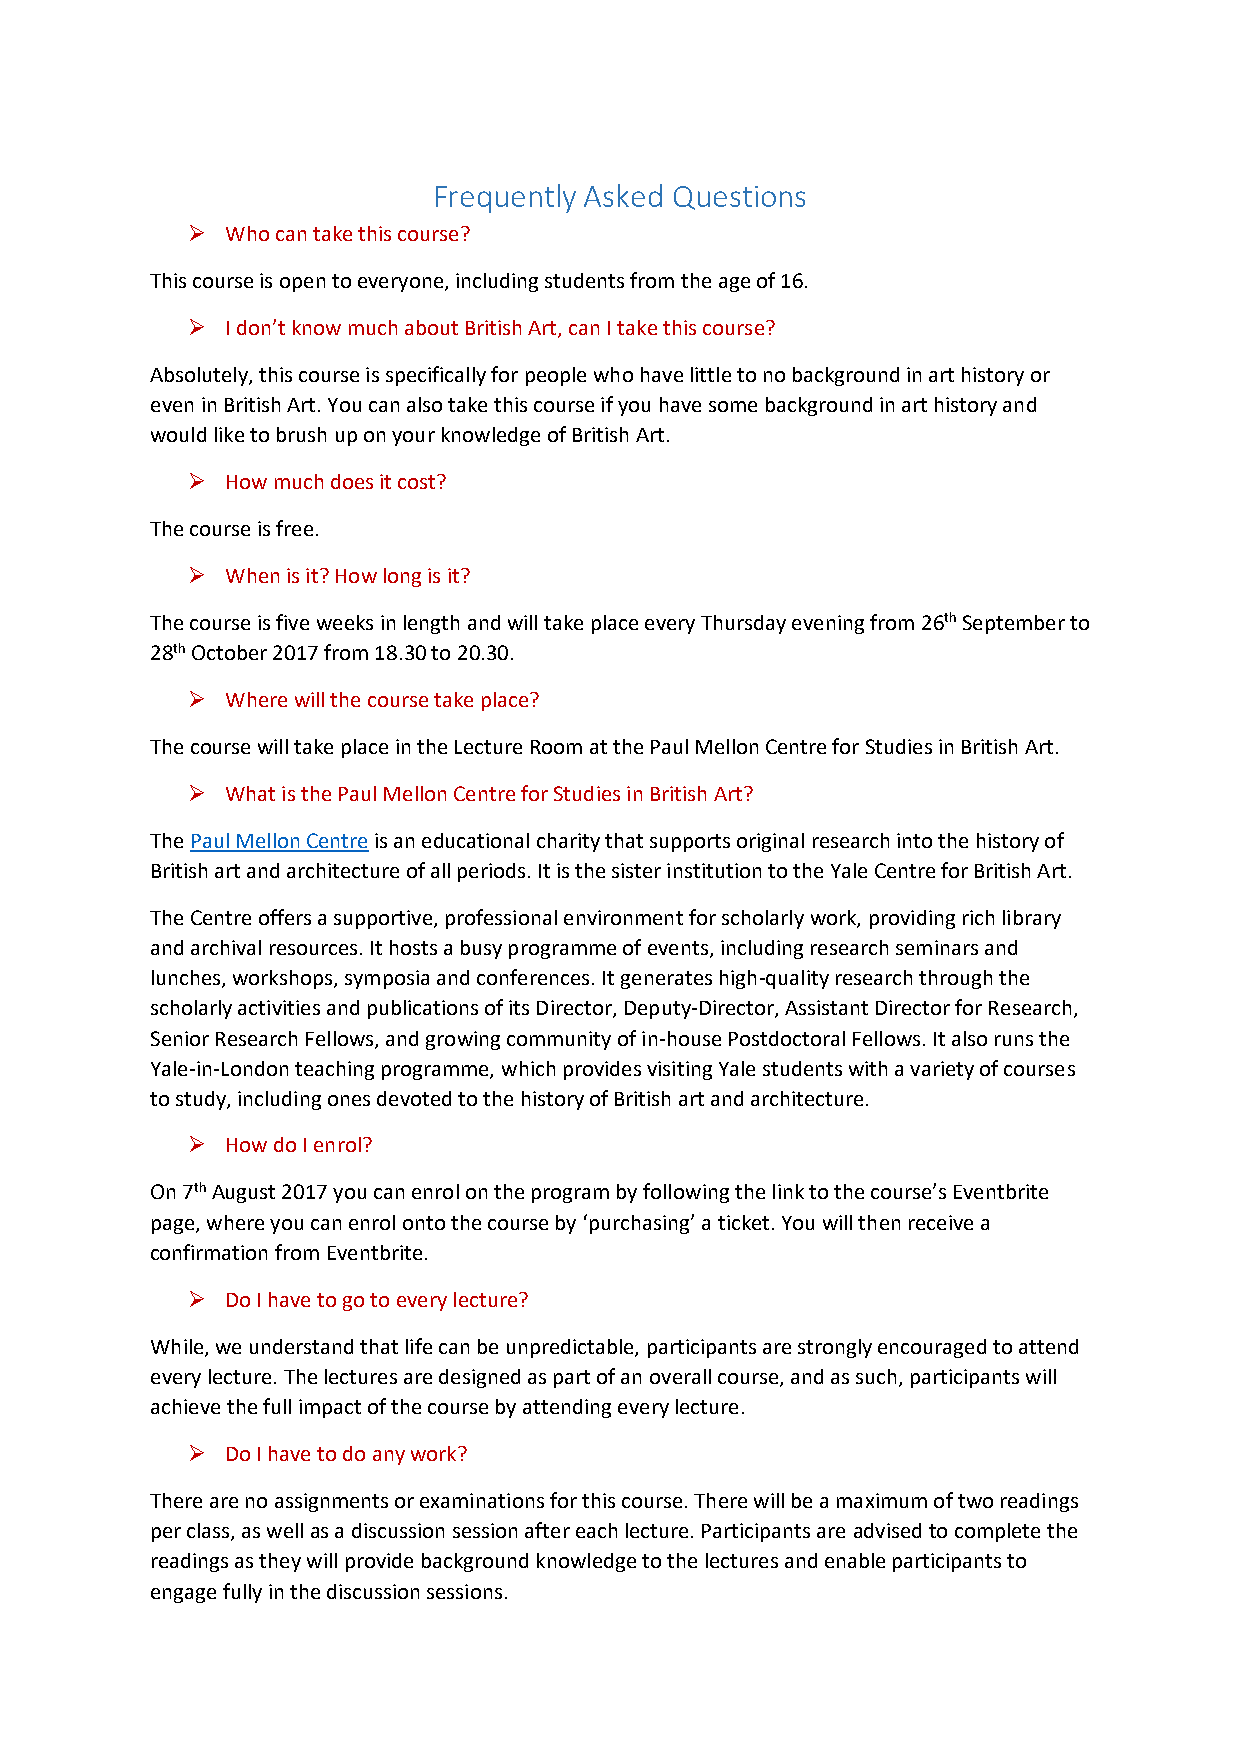
Frequently Asked Questions
 ➢  Who can take this course?
 This course is open to everyone, including students from the age of 16.
 ➢  I don’t know much about British Art, can I take this course?
 Absolutely, this course is specifically for people who have little to no background in art history or
 even in British Art. You can also take this course if you have some background in art history and
 would like to brush up on your knowledge of British Art.
 ➢  How much does it cost?
 The course is free.
 ➢  When is it? How long is it?
 The course is five weeks in length and will take place every Thursday evening from 26th September to
 28th October 2017 from 18.30 to 20.30.
 ➢  Where will the course take place?
 The course will take place in the Lecture Room at the Paul Mellon Centre for Studies in British Art.
 ➢  What is the Paul Mellon Centre for Studies in British Art?
 The Paul Mellon Centre is an educational charity that supports original research into the history of
 British art and architecture of all periods. It is the sister institution to the Yale Centre for British Art.
 The Centre offers a supportive, professional environment for scholarly work, providing rich library
 and archival resources. It hosts a busy programme of events, including research seminars and
 lunches, workshops, symposia and conferences. It generates high-quality research through the
 scholarly activities and publications of its Director, Deputy-Director, Assistant Director for Research,
 Senior Research Fellows, and growing community of in-house Postdoctoral Fellows. It also runs the
 Yale-in-London teaching programme, which provides visiting Yale students with a variety of courses
 to study, including ones devoted to the history of British art and architecture.
 ➢  How do I enrol?
 On 7th August 2017 you can enrol on the program by following the link to the course’s Eventbrite
 page, where you can enrol onto the course by ‘purchasing’ a ticket. You will then receive a
 confirmation from Eventbrite.
 ➢  Do I have to go to every lecture?
 While, we understand that life can be unpredictable, participants are strongly encouraged to attend
 every lecture. The lectures are designed as part of an overall course, and as such, participants will
 achieve the full impact of the course by attending every lecture.
 ➢  Do I have to do any work?
 There are no assignments or examinations for this course. There will be a maximum of two readings
 per class, as well as a discussion session after each lecture. Participants are advised to complete the
 readings as they will provide background knowledge to the lectures and enable participants to
 engage fully in the discussion sessions.